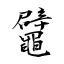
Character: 鼊